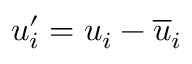
u _ { i } ^ { \prime } = u _ { i } - \overline { { u } } _ { i }